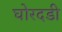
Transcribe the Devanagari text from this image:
घोरदडी